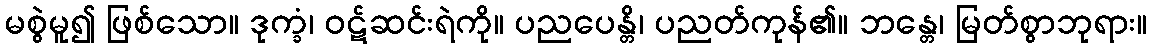
မစွဲမူ၍ ဖြစ်သော။ ဒုက္ခံ၊ ဝဋ်ဆင်းရဲကို။ ပညပေန္တိ၊ ပညတ်ကုန်၏။ ဘန္တေ၊ မြတ်စွာဘုရား။